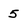
Character: 5